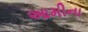
આમીના